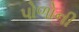
પોળોની